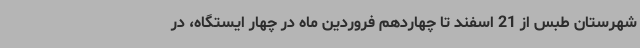
شهرستان طبس از 21 اسفند تا چهاردهم فروردین ماه در چهار ایستگاه، در